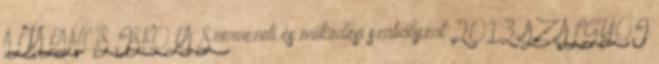
ÁLTALÁNOS ISKOLA. Szervezeti és működési szabályzat 2013. AZ ALGYŐI